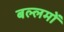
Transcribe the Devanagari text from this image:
बल्लमों